Report of the Indian Hemp Drugs Commission, 1894-1895 - Volume I
Year: 1894
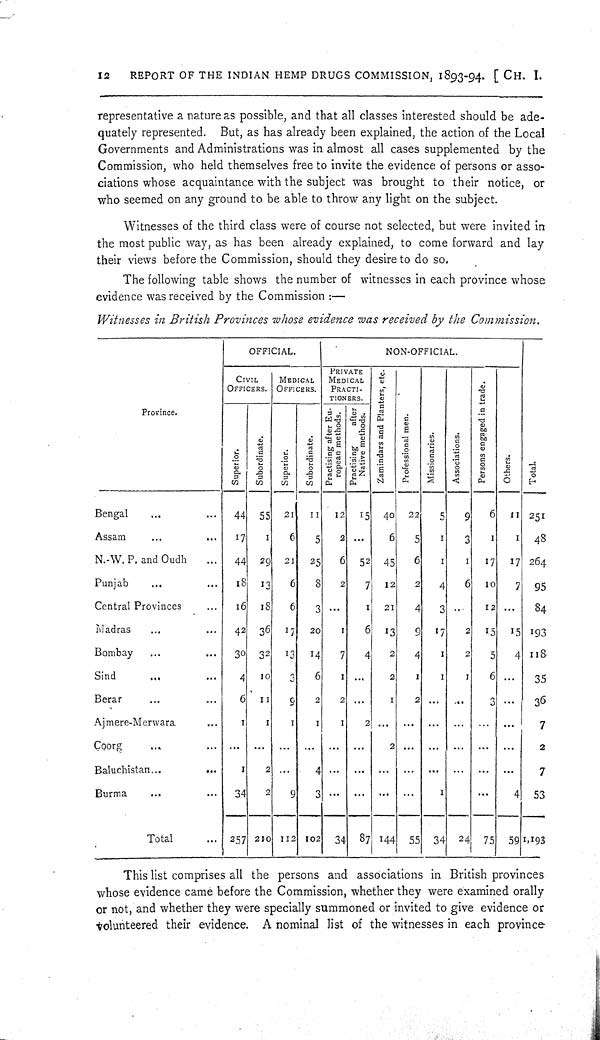
12
REPORT OF THE INDIAN HEMP DRUGS COMMISSION, 1893-94. [CH. I.
representative a nature as possible, and that all classes interested should be ade-
quately represented. But, as has already been explained, the action of the Local
Governments and Administrations was in almost all cases supplemented by the
Commission, who held themselves free to invite the evidence of persons or asso-
ciations whose acquaintance with the subject was brought to their notice, or
who seemed on any ground to be able to throw any light on the subject.
Witnesses of the third class were of course not selected, but were invited in
the most public way, as has been already explained, to come forward and lay
their views before the Commission, should they desire to do so.
The following table shows the number of witnesses in each province whose
evidence was received by the Commission:—
Witnesses in British Provinces whose evidence was received by the Commission.
Province.
OFFICIAL.
NON-OFFICIAL.
Province.
CIVIL
OFFICERS.
MEDICAL
OFFICERS.
PRIVATE
MEDICAL
PRACTI-
TIONERS.
Zamindars and Planters, etc.
Professional men.
Missionaries. Associations.
Persons engaged in trade.
Others.
Total.
Province.
Superior.
Subordinate.
Superior.
Subordinate.
Practising after Eu-
ropean methods.
Practising
after
Native methods.
Zamindars and Planters, etc.
Professional men.
Missionaries. Associations.
Persons engaged in trade.
Others.
Total.
Bengal
44
55
21
11
12
15
40
22
5
9
6
11 251
Assam
17
1
6
5
2
6
5
1
3
1
1
48
N.-W. P. and Oudh
44 29 21 25
6 52 45
6
1
1
17
17 264
Punjab
18
13
6
8
2
7 12
2
4
6 10
7 95
Central Provinces
16
18
6
3
1
21
4
3
12
84
Madras
42
36 17 20
1
6 13
9 17
2
15
15 193
Bombay
30
32
13
14
7
4
2
4
1
2
5
4 118
Sind
4 10
3
6
1
2
1
1
1
6
35
Berar
6 11
9
2
2
1
2
3
36
Ajmere-Merwara.
1
1
1
1
1
2
7
Coorg
2
2
Baluchistan
1
2
4
7
Burma
34
2
9
3
1
4 53
Total
257 210 112 102
34 87 144 55 34 24 75 59 1,193
This list comprises all the persons and associations in British provinces
whose evidence came before the Commission, whether they were examined orally
or not, and whether they were specially summoned or invited to give evidence or
volunteered their evidence. A nominal list of the witnesses in each province